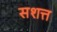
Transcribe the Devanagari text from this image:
सशत्त